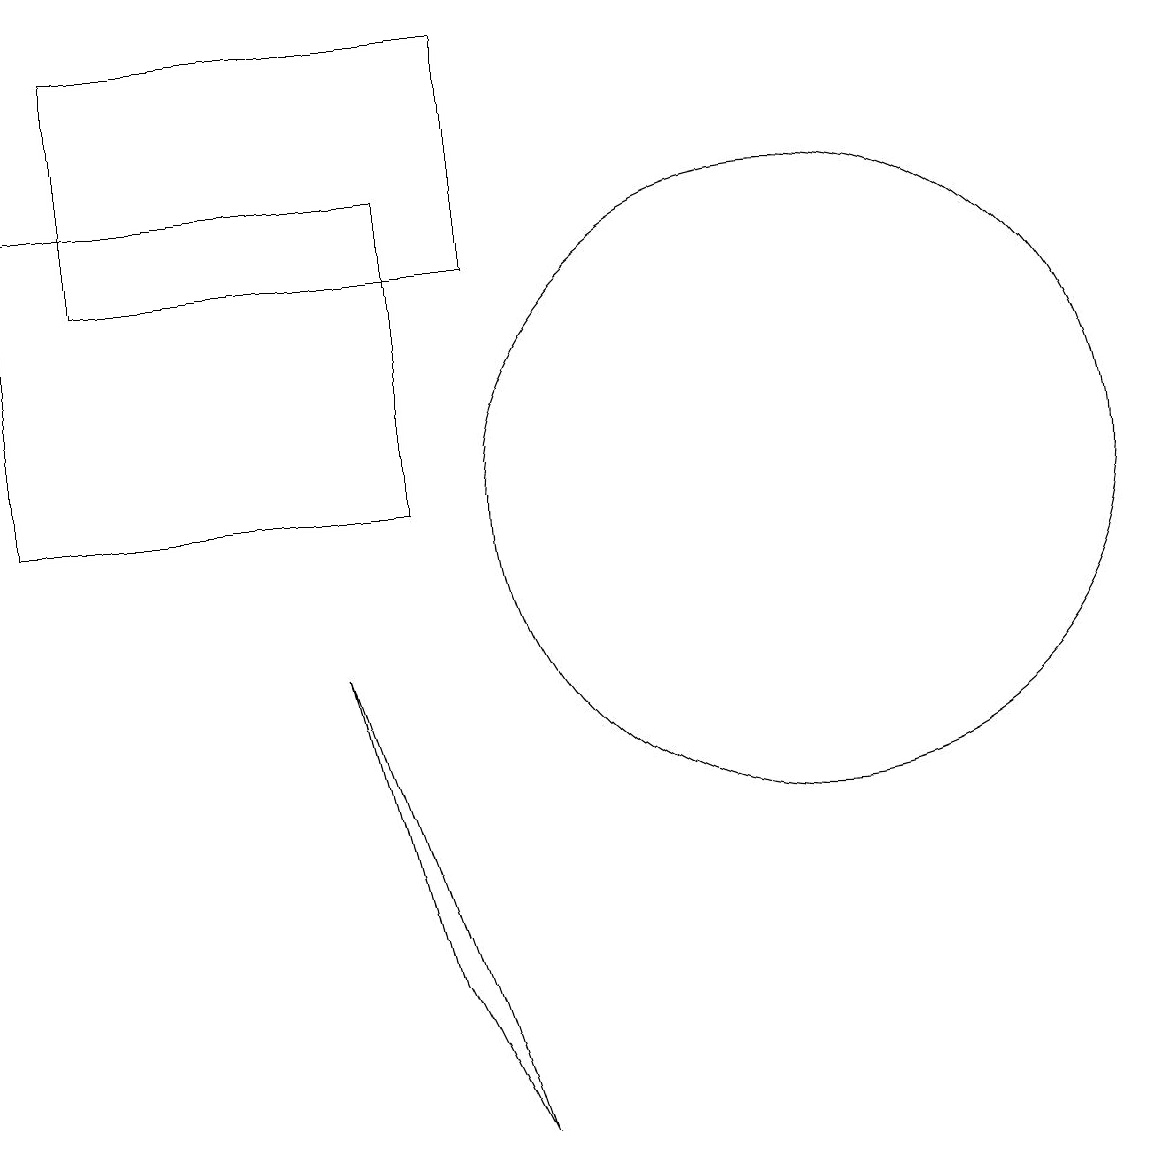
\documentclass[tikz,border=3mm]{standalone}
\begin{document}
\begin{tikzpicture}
\draw (1,14) rectangle (6,17);
\draw (8,15) rectangle (8,15);
\draw (5,5) -- (4,9) -- (6,3) -- cycle;
\draw (10,11) circle (4);
\draw (5,15) rectangle (0,11);
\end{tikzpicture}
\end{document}